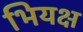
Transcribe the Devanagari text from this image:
भियक्ष